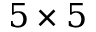
5 \times 5